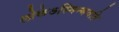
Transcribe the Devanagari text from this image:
लोकेऽस्मिन्भवति